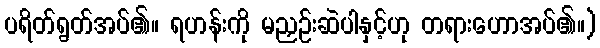
ပရိတ်ရွတ်အပ်၏။ ရဟန်းကို မညှဉ်းဆဲပါနှင့်ဟု တရားဟောအပ်၏။)